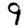
Digit: 9